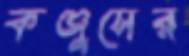
কঞ্জুসের